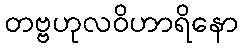
တဗ္ဗဟုလဝိဟာရိနော